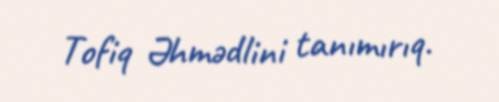
Tofiq Əhmədlini tanımırıq.